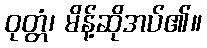
ဝုတ္တံ၊ မိန့်ဆိုအပ်၏။